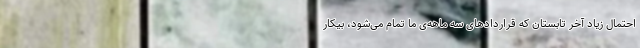
احتمال زیاد آخر تابستان که قراردادهای سه ماهه‌ی ما تمام می‌شود، بیکار